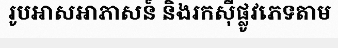
រូបអាសអាភាសន៍ និងរកស៊ីផ្លូវភេទតាម